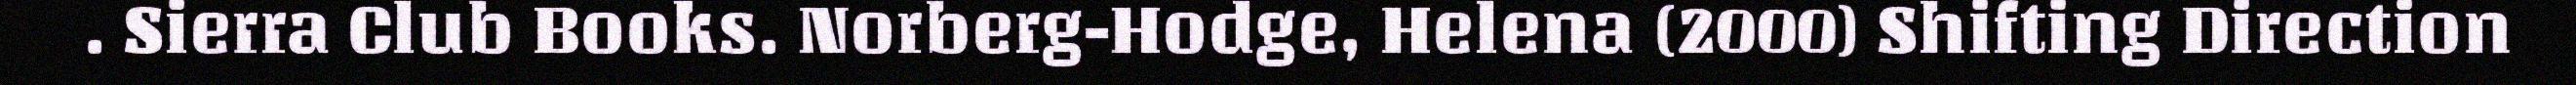
. Sierra Club Books. Norberg-Hodge, Helena (2000) Shifting Direction